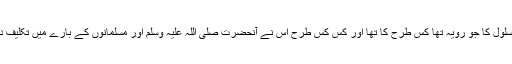
اس صورتِ حال کے بعد عبداللہ بن ابی بن سلول کا جو رویہ تھا کس طرح کا تھا اور کس کس طرح اس نے آنحضرت صلی اللہ علیہ وسلم اور مسلمانوں کے بارے میں تکلیف دہ اور استہزا کی باتیں کرنی شروع کر دیں۔